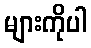
များကိုပါ